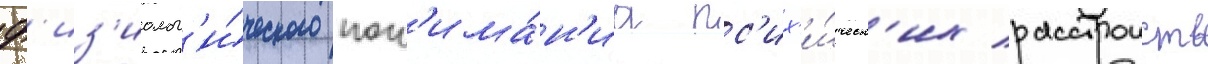
ф'из'иолог'и́ческого пон'има́н'иа пс'их'и́ческ'их расстроиств